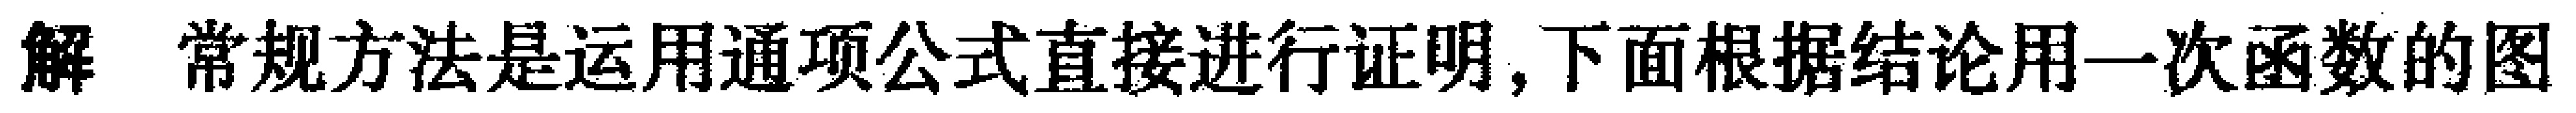
解 常规方法是运用通项公式直接进行证明,下面根据结论用一次函数的图